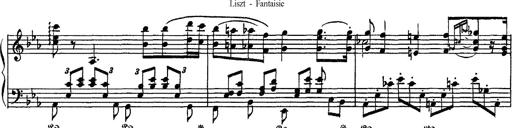
Title: Fantaisie sur des motifs favoris de l'opÃ©ra 'La sonnambula'
Composer: Franz Liszt